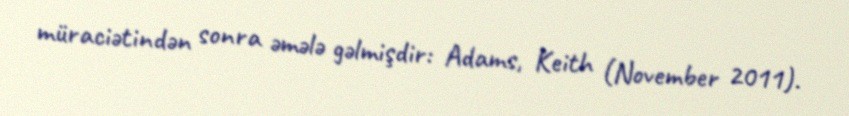
müraciətindən sonra əmələ gəlmişdir: Adams, Keith (November 2011).